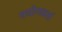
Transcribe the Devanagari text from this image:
पयोगकर्ता